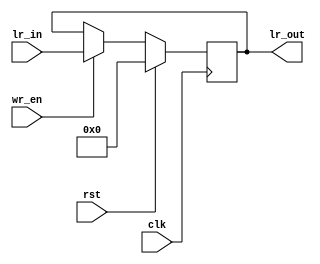
`timescale 1ns/1ps
module lr(input clk,
    input rst,
    input wr_en,
    input [15:0] lr_in,
    output [15:0] lr_out);
reg [15:0] link_register = 0;
assign lr_out = link_register;
always @(posedge clk) begin
    if(rst == 1)
        link_register <= 0;
    else if(wr_en == 1)
        link_register <= lr_in;
end
`ifdef FORMAL
always @(posedge clk) begin
    if($initstate) begin
        assume(rst == 0);
        assume(wr_en == 0);
        assume($past(wr_en) == 0);
    end
    else begin
        if($past(rst) == 1)
            assert(link_register == 0);
        if($past(wr_en) == 1 && $past(rst) != 1)
            assert(link_register == $past(lr_in));
    end
end
`endif
endmodule